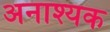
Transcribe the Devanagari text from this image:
अनाश्यक